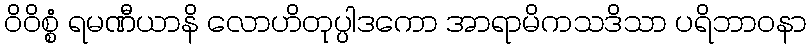
ဝိဝိစ္စံ ရမဏီယာနိ လောဟိတုပ္ပါဒကော အာရာမိကသဒိသာ ပရိဘာဝနာ